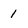
Character: 1